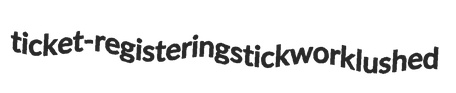
ticket-registering stickwork lushed